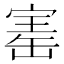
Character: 寚